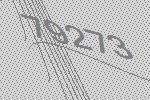
79273